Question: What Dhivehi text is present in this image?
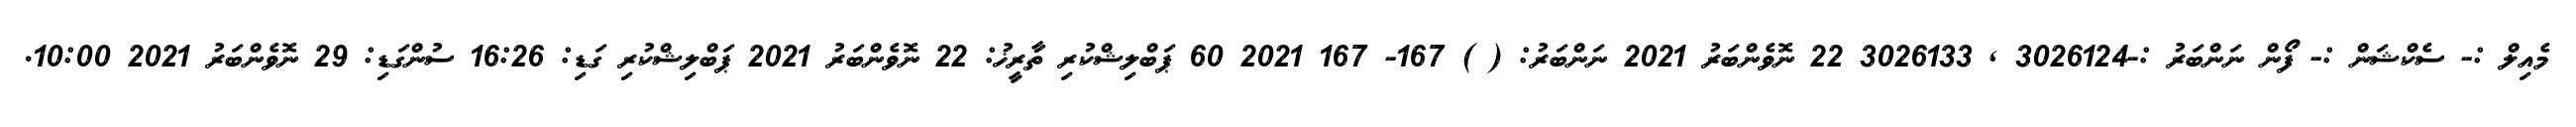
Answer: މެއިލް :- ސެކްޝަން :- ފޯން ނަންބަރު :-3026124 , 3026133 22 ނޮވެންބަރު 2021 ނަންބަރު: ( ) 167- 167 2021 60 ޕަބްލިޝްކުރި ތާރީޚު: 22 ނޮވެންބަރު 2021 ޕަބްލިޝްކުރި ގަޑި: 16:26 ސުންގަޑި: 29 ނޮވެންބަރު 2021 10:00.